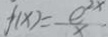
f ( x ) = \frac { e ^ { 2 x } } { x }